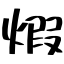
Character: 煆